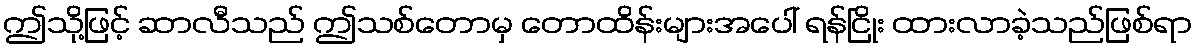
ဤသို့ဖြင့် ဆာလီသည် ဤသစ်တောမှ တောထိန်းများအပေါ် ရန်ငြိုး ထားလာခဲ့သည်ဖြစ်ရာ